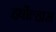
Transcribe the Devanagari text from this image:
हर्षोल्हास